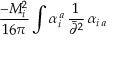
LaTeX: \frac { - M _ { i } ^ { 2 } } { 1 6 \pi } \int \alpha _ { i } ^ { \, a } \, \frac { 1 } { \bar { \partial } ^ { 2 } } \, \alpha _ { i \, a }